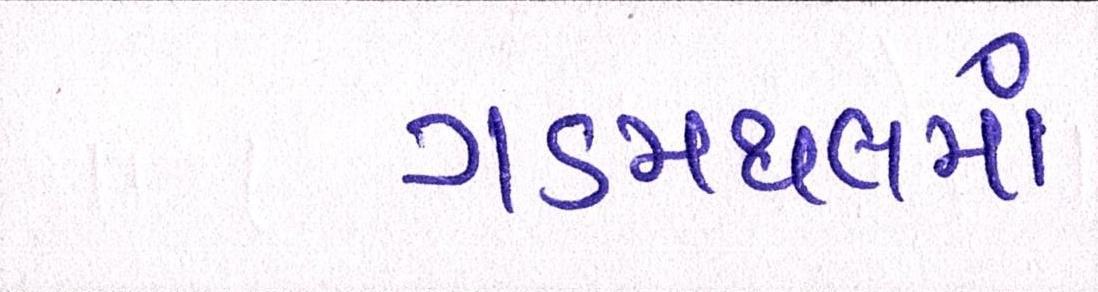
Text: ગડમથલમાં